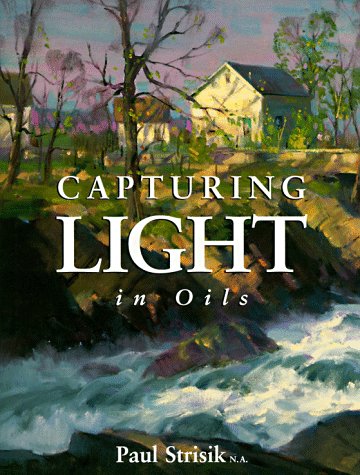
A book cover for Capturing Light in Oils; Paul Strisik; Arts & Photography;